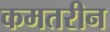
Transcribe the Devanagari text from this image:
कमतरीन